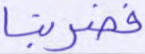
فضربنا